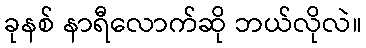
ခုနစ် နာရီလောက်ဆို ဘယ်လိုလဲ။